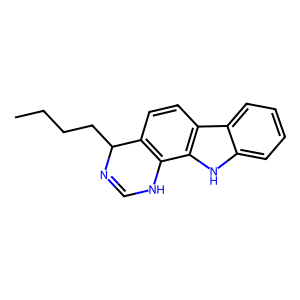
SMILES: CCCCC1N=CNc2c1ccc1c2[nH]c2ccccc21
Inhibits HIV replication: No